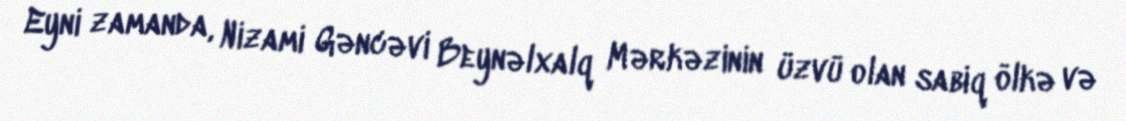
Eyni zamanda, Nizami Gəncəvi Beynəlxalq Mərkəzinin üzvü olan sabiq ölkə və